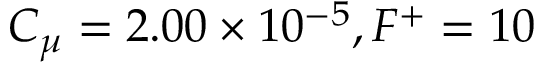
C _ { \mu } = 2 . 0 0 \times 1 0 ^ { - 5 } , F ^ { + } = 1 0